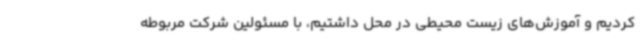
کردیم و آموزش‌های زیست محیطی در محل داشتیم، با مسئولین شرکت مربوطه